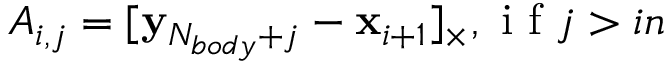
A _ { i , j } = [ \mathbf { y } _ { N _ { b o d y } + j } - \mathbf { x } _ { i + 1 } ] _ { \times } , \mathrm { ~ i ~ f ~ } j > i n